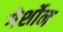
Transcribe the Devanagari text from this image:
गेर्शोन